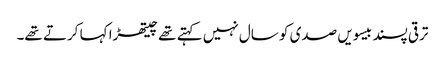
ترقی پسند بیسویں صدی کو سال نہیں کہتے تھے چیتھڑا کہا کرتے تھے۔